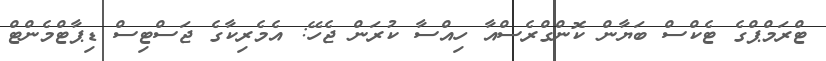
ޓްރަމްޕްގެ ޓެކްސް ބަޔާން ކޮންގްރެސްއާ ހިއްސާ ކުރަން ޖެހޭ: އެމެރިކާގެ ޖަސްޓިސް ޑިޕާޓްމެންޓް